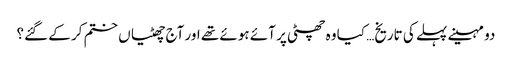
دو مہینے پہلے کی تاریخ… کیا وہ چھٹی پر آئے ہوئے تھے اور آج چھٹیاں ختم کر کے گئے؟